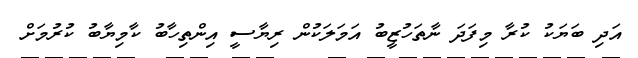
އަދި ބަޔަކު ކުރާ މިފަދަ ނާތަހުޒީބު އަމަލަކުން ރިޔާސީ އިންތިހާބު ކާމިޔާބު ކުރުމަށް